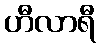
ဟီလာရီ